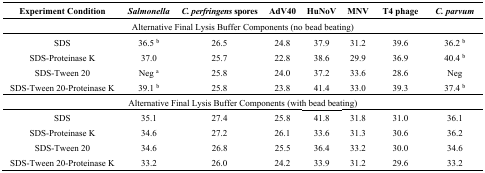
<table><thead><tr><td><b>Experiment Condition</b></td><td><b><i>Salmonella</i></b></td><td><b><i>C. perfringens</i> spores</b></td><td><b>AdV40</b></td><td><b>HuNoV</b></td><td><b>MNV</b></td><td><b>T4 phage</b></td><td><b><i>C. parvum</i></b></td></tr></thead><tbody><tr><td colspan="8">Alternative Final Lysis Buffer Components (no bead beating)</td></tr><tr><td>SDS</td><td>36.5 <sup>b</sup></td><td>26.5</td><td>24.8</td><td>37.9</td><td>31.2</td><td>39.6</td><td>36.2 <sup>b</sup></td></tr><tr><td>SDS-Proteinase K</td><td>37.0</td><td>25.7</td><td>22.8</td><td>38.6</td><td>29.9</td><td>36.9</td><td>40.4 <sup>b</sup></td></tr><tr><td>SDS-Tween 20</td><td>Neg <sup>a</sup></td><td>25.8</td><td>24.0</td><td>37.2</td><td>33.6</td><td>28.6</td><td>Neg</td></tr><tr><td>SDS-Tween 20-Proteinase K</td><td>39.1 <sup>b</sup></td><td>25.8</td><td>23.8</td><td>41.4</td><td>33.0</td><td>39.3</td><td>37.4 <sup>b</sup></td></tr><tr><td colspan="8">Alternative Final Lysis Buffer Components (with bead beating)</td></tr><tr><td>SDS</td><td>35.1</td><td>27.4</td><td>25.8</td><td>41.8</td><td>31.8</td><td>31.0</td><td>36.1</td></tr><tr><td>SDS-Proteinase K</td><td>34.6</td><td>27.2</td><td>26.1</td><td>33.6</td><td>31.3</td><td>30.6</td><td>36.2</td></tr><tr><td>SDS-Tween 20</td><td>34.6</td><td>26.8</td><td>25.5</td><td>36.4</td><td>33.2</td><td>30.0</td><td>34.6</td></tr><tr><td>SDS-Tween 20-Proteinase K</td><td>33.2</td><td>26.0</td><td>24.2</td><td>33.9</td><td>31.2</td><td>29.6</td><td>33.2</td></tr></tbody></table>